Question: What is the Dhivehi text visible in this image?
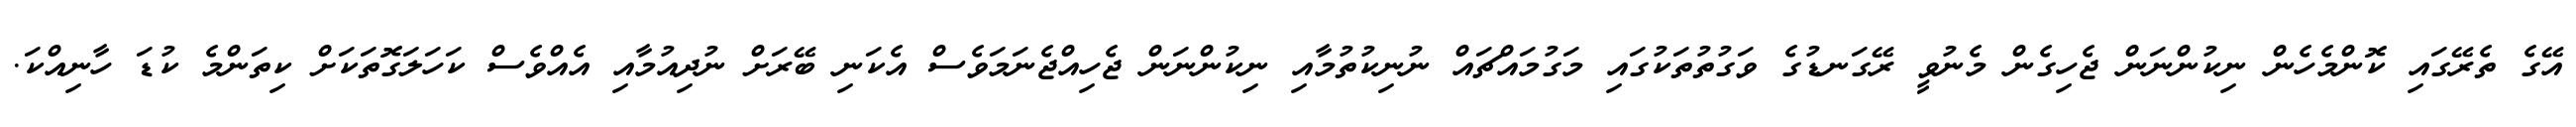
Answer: އޭގެ ތެރޭގައި ކޮންމެހެން ނިކުންނަން ޖެހިގެން މެނުވީ ރޭގަނޑުގެ ވަގުތުތަކުގައި މަގުމައްޗައް ނުނިކުތުމާއި ނިކުންނަން ޖެހިއްޖެނަމަވެސް އެކަނި ބޭރަށް ނުދިއުމާއި އެއްވެސް ކަހަލަގޮތަކަށް ކިތަންމެ ކުޑަ ހާނިއްކަ.